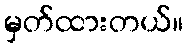
မှတ်ထားတယ်။